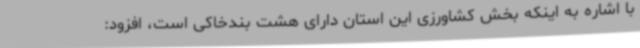
با اشاره به اینکه بخش کشاورزی این استان دارای هشت بندخاکی است، افزود: